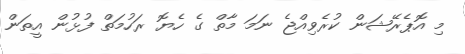
މި އޮޕެރޭޝަން ކުރެވިއްޖެ ނަމަ މާތް ގެ ހެޔޮ ރަހުމަތް ފުޅުން އީތަން